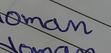
Signature authenticity: genuine